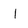
Character: I